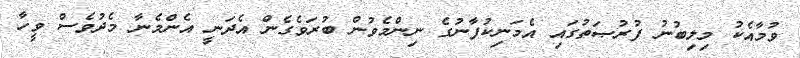
ވުމާއެކު މިލިބުނު ފުރުޞަތުގައި އެމަނިކުފާނުގެ ނިންމެވުން ބުރަވެގެން އެދަނީ އެންމެނާ މެދުވެސް ވީހާ